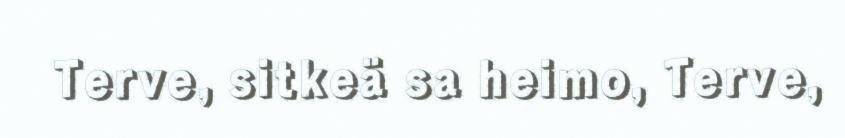
Terve, sitkeä sa heimo, Terve,